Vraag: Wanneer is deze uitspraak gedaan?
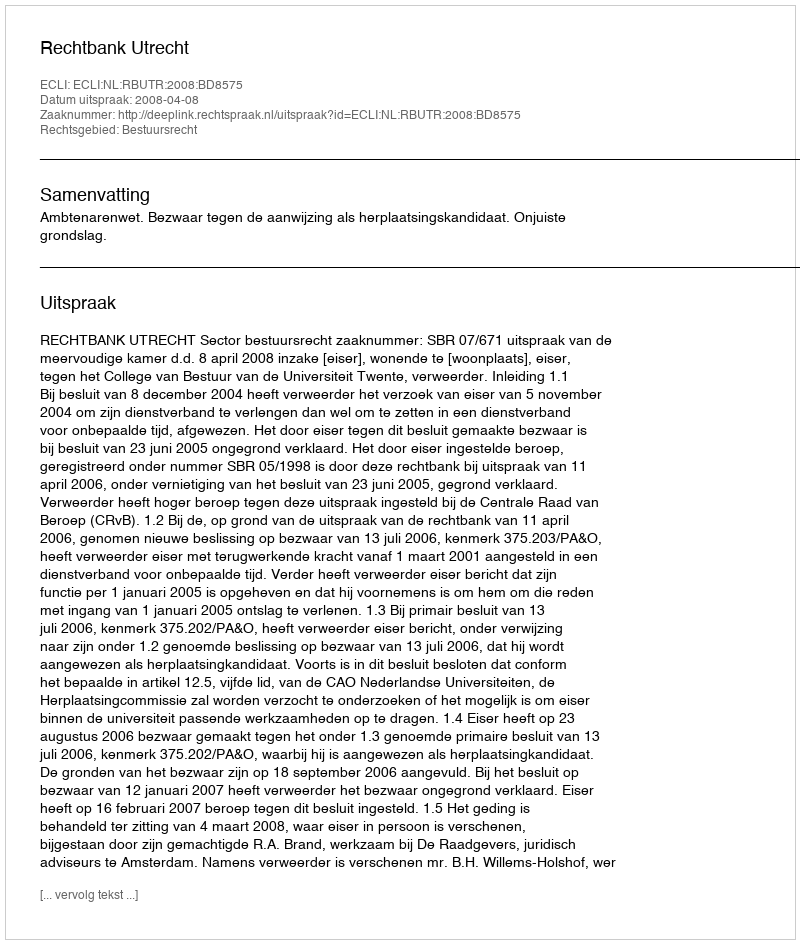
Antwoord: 2008-04-08